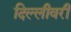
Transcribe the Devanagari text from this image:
दिल्लीवरी